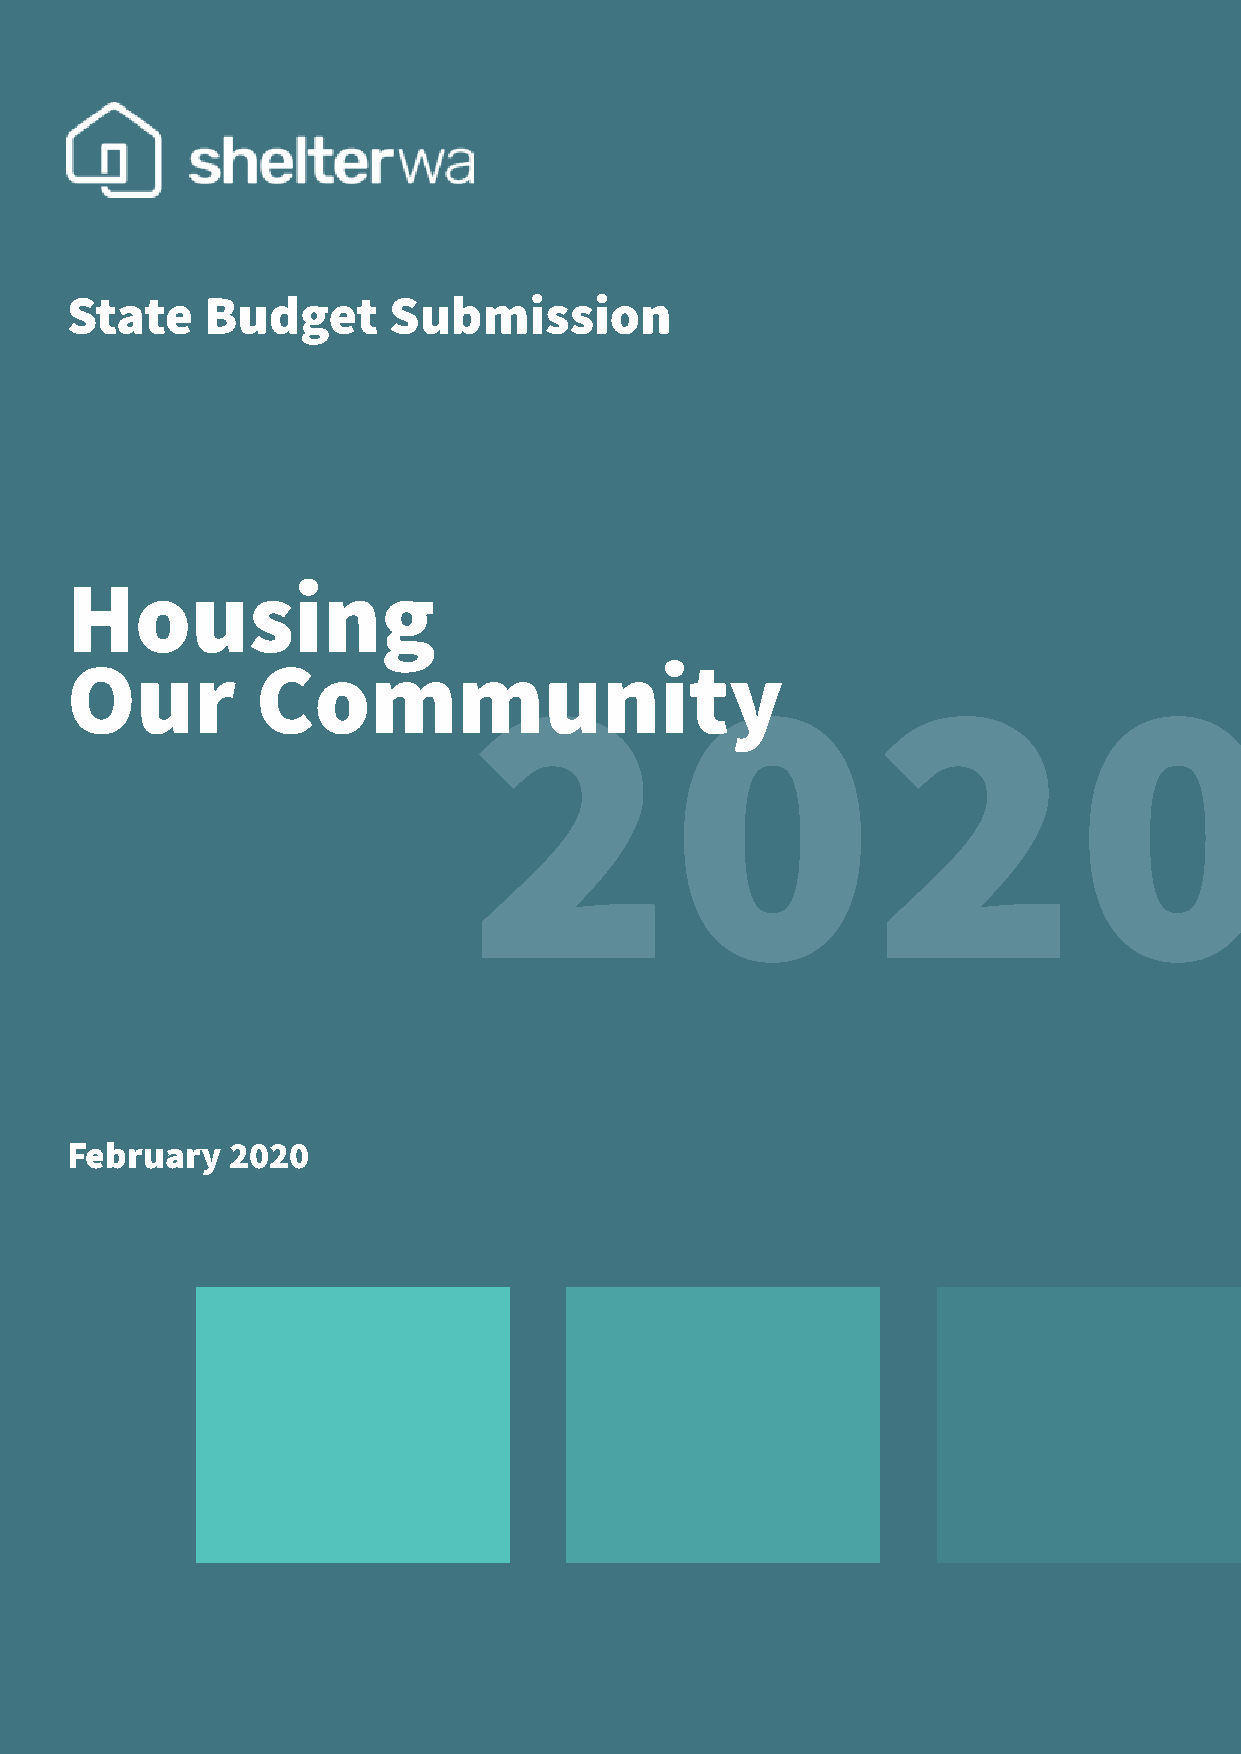
State     Budget      Submission
 Housing
 Our          Community
 2020
 February   2020